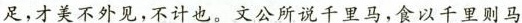
足，才美不外见，不计也，文公所说千里马，食以千里则马